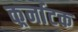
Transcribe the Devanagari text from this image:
कर्र्नाटक